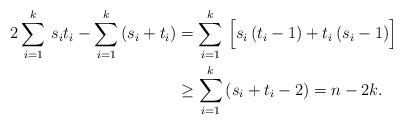
LaTeX: \begin{align*}2\sum_{i=1}^k\,s_it_i-\sum_{i=1}^k\,(s_i+t_i)&=\sum_{i=1}^k\,\Big[s_i\,(t_i-1)+t_i\,(s_i-1)\Big]\\&\geq \sum_{i=1}^k\,(s_i+t_i-2)=n-2k.\end{align*}